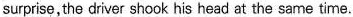
surprise, the driver shook his head at the same time.